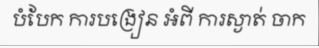
បំបែក ការបង្រៀន អំពី ការស្ងាត់ ចាក